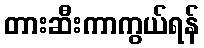
တားဆီးကာကွယ်ရန်